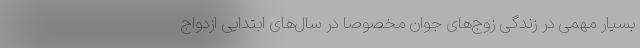
بسیار مهمی در زندگی زوج‌های جوان مخصوصا در سال‌های ابتدایی ازدواج